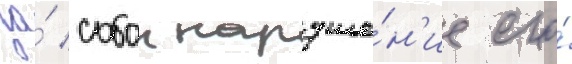
за́ собои наруше́н'ие его́